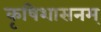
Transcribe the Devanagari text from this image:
कृषिशासनम्